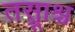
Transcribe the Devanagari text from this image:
तस्रूाश्च